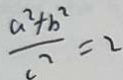
\frac { a ^ { 2 } + b ^ { 2 } } { c ^ { 2 } } = 2